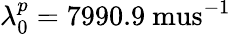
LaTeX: \lambda_{0}^{p}=7990.9\mathrm{\ mus}^{-1}